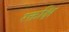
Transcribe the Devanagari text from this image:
रक्तक्षि